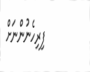
ފިރިހެނުންނަށް